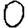
Digit: 0